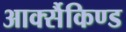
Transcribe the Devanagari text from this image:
आर्क्सैकिण्ड